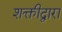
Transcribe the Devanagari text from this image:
शक्तीद्वारा